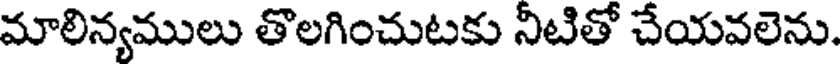
మాలిన్యములు తొలగించుటకు నీటితో చేయవలెను.